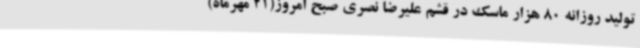
تولید روزانه 80 هزار ماسک در قشم علیرضا نصری صبح امروز(21 مهرماه)